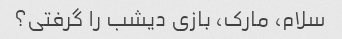
سلام، مارک، بازی دیشب را گرفتی؟